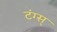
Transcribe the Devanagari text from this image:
टंग्स्